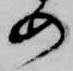
め